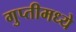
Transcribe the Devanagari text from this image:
गुप्तीमध्ये